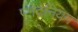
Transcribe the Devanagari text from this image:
प्लेटेनियम